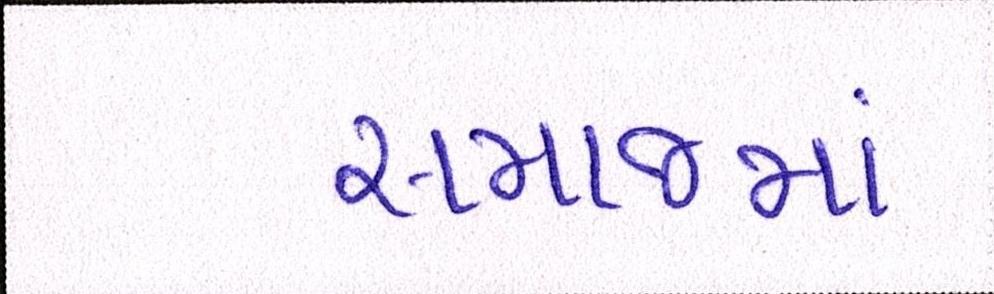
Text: સમાજમાં